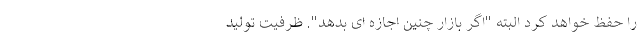
را حفظ خواهد کرد البته "اگر بازار چنین اجازه ای بدهد". ظرفیت تولید